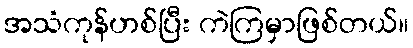
အသံကုန်ဟစ်ပြီး ကဲကြမှာဖြစ်တယ်။